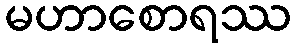
မဟာစောရဿ